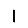
Digit: 1